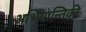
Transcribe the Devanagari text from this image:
अभियान्तिकी